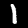
Digit: 1